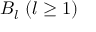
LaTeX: B _ { l } \ ( l \geq 1 )